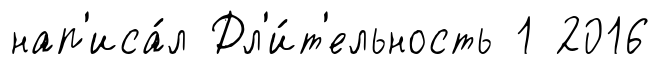
нап'иса́л Дл'и́т'ельность 1 2016